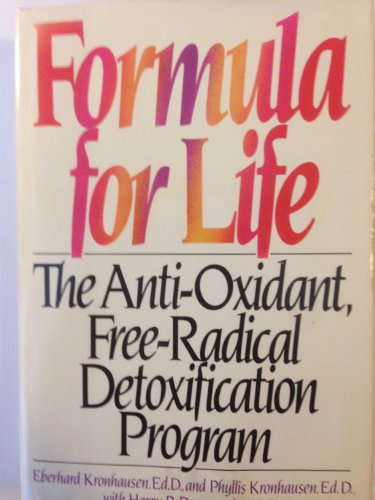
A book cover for Formula for life: The anti-oxidant, free-radical, detoxification program; Eberhard Kronhausen; Health, Fitness & Dieting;